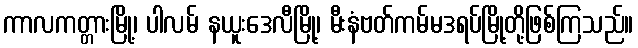
ကာလကတ္တားမြို့၊ ပါလမ် နယူးဒေလီမြို့၊ မီးနံဗတ်ကမ်မဒရပ်မြို့တို့ဖြစ်ကြသည်။